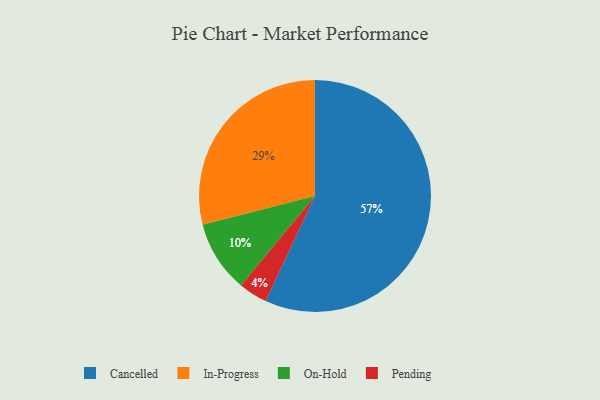
{"axis": {"x": "Category", "y": "Percentage"}, "legend": ["Cancelled", "In-Progress", "On-Hold", "Pending"], "data": [{"x": "On-Hold", "y": 10, "type": "On-Hold"}, {"x": "In-Progress", "y": 29, "type": "In-Progress"}, {"x": "Pending", "y": 4, "type": "Pending"}, {"x": "Cancelled", "y": 57, "type": "Cancelled"}]}